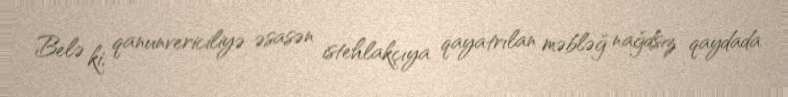
Belə ki, qanunvericiliyə əsasən istehlakçıya qayatrılan məbləğ nağdsız qaydada